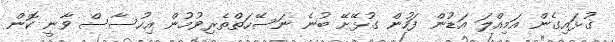
ގުޅައިގެން އަމިއްލަ އަޑުން ފަހުން ގުޅޭށޭ ބުނެ ނަސޭހަތްތެރިވުމުން އިހުސާސް ވާނީ ކޮން